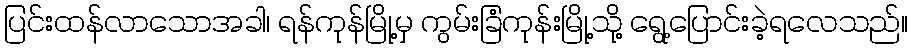
ပြင်းထန်လာသောအခါ၊ ရန်ကုန်မြို့မှ ကွမ်းခြံကုန်းမြို့သို့ ရွေ့ပြောင်းခဲ့ရလေသည်။